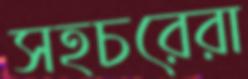
সহচরেরা